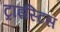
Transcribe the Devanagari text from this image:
ट्राइस्टिस